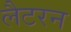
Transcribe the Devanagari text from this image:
लैटरन